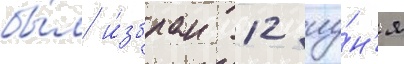
бы́л и́збран 12 иу́н'я